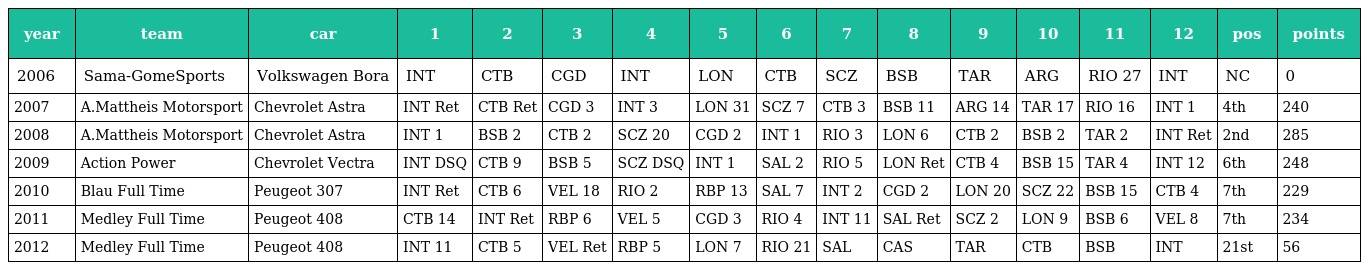
| year | team | car | 1 | 2 | 3 | 4 | 5 | 6 | 7 | 8 | 9 | 10 | 11 | 12 | pos | points |
 | --- | --- | --- | --- | --- | --- | --- | --- | --- | --- | --- | --- | --- | --- | --- | --- | --- |
 | 2006 | Sama-GomeSports | Volkswagen Bora | INT | CTB | CGD | INT | LON | CTB | SCZ | BSB | TAR | ARG | RIO 27 | INT | NC | 0 |
 | 2007 | A.Mattheis Motorsport | Chevrolet Astra | INT Ret | CTB Ret | CGD 3 | INT 3 | LON 31 | SCZ 7 | CTB 3 | BSB 11 | ARG 14 | TAR 17 | RIO 16 | INT 1 | 4th | 240 |
 | 2008 | A.Mattheis Motorsport | Chevrolet Astra | INT 1 | BSB 2 | CTB 2 | SCZ 20 | CGD 2 | INT 1 | RIO 3 | LON 6 | CTB 2 | BSB 2 | TAR 2 | INT Ret | 2nd | 285 |
 | 2009 | Action Power | Chevrolet Vectra | INT DSQ | CTB 9 | BSB 5 | SCZ DSQ | INT 1 | SAL 2 | RIO 5 | LON Ret | CTB 4 | BSB 15 | TAR 4 | INT 12 | 6th | 248 |
 | 2010 | Blau Full Time | Peugeot 307 | INT Ret | CTB 6 | VEL 18 | RIO 2 | RBP 13 | SAL 7 | INT 2 | CGD 2 | LON 20 | SCZ 22 | BSB 15 | CTB 4 | 7th | 229 |
 | 2011 | Medley Full Time | Peugeot 408 | CTB 14 | INT Ret | RBP 6 | VEL 5 | CGD 3 | RIO 4 | INT 11 | SAL Ret | SCZ 2 | LON 9 | BSB 6 | VEL 8 | 7th | 234 |
 | 2012 | Medley Full Time | Peugeot 408 | INT 11 | CTB 5 | VEL Ret | RBP 5 | LON 7 | RIO 21 | SAL | CAS | TAR | CTB | BSB | INT | 21st | 56 |